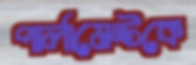
পার্লামেন্টকে